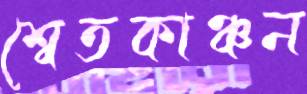
শ্বেতকাঞ্চন